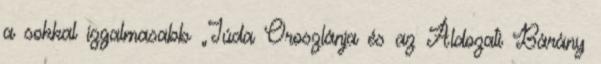
a sokkal izgalmasabb „Júda Oroszlánja és az Áldozati Bárány